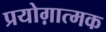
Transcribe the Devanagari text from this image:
प्रयोग़ात्मक